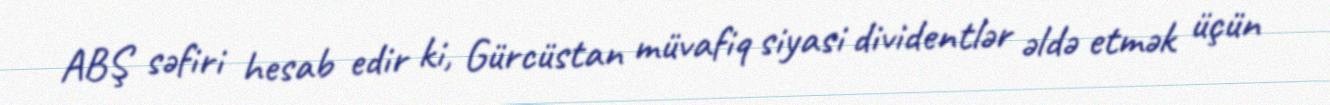
ABŞ səfiri hesab edir ki, Gürcüstan müvafiq siyasi dividentlər əldə etmək üçün